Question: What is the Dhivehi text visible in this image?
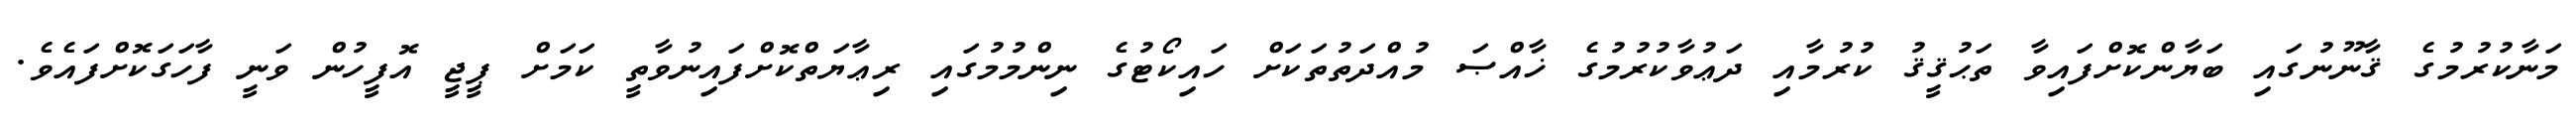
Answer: މަނާކުރުމުގެ ޤާނޫނުގައި ބަޔާންކޮށްފައިވާ ތަޙުޤީޤު ކުރުމާއި ދަޢުވާކުރުމުގެ ޚާއްޞަ މުއްދަތުތަކަށް ހައިކޯޓުގެ ނިންމުމުގައި ރިޢާޔަތްކޮށްފައިނުވާތީ ކަމަށް ޕީޖީ އޮފީހުން ވަނީ ފާހަގަކޮށްފައެވެ.